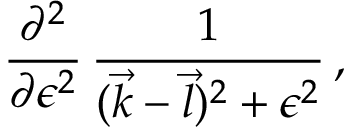
{ \frac { \partial ^ { 2 } } { \partial \epsilon ^ { 2 } } } \, { \frac { 1 } { ( { \vec { k } } - { \vec { l } } ) ^ { 2 } + \epsilon ^ { 2 } } } \, ,